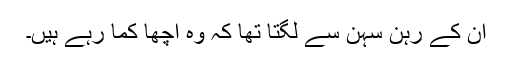
ان کے رہن سہن سے لگتا تھا کہ وہ اچھا کما رہے ہیں۔